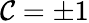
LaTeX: \mathcal{C}=\pm1